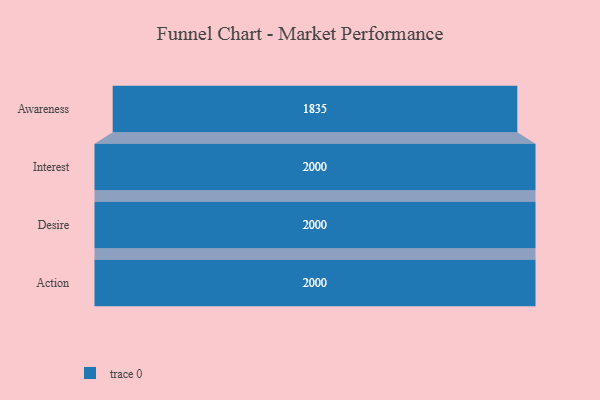
{"axis": {"x": "Stage", "y": "Value"}, "legend": [""], "data": [{"x": "Awareness", "y": 1835.0, "type": ""}, {"x": "Interest", "y": 2000, "type": ""}, {"x": "Desire", "y": 2000, "type": ""}, {"x": "Action", "y": 2000, "type": ""}]}